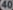
40